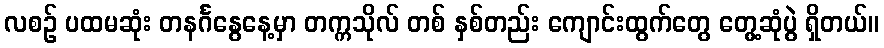
လစဉ် ပထမဆုံး တနင်္ဂနွေနေ့မှာ တက္ကသိုလ် တစ် နှစ်တည်း ကျောင်းထွက်တွေ တွေ့ဆုံပွဲ ရှိတယ်။